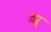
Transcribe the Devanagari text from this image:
झ्र्